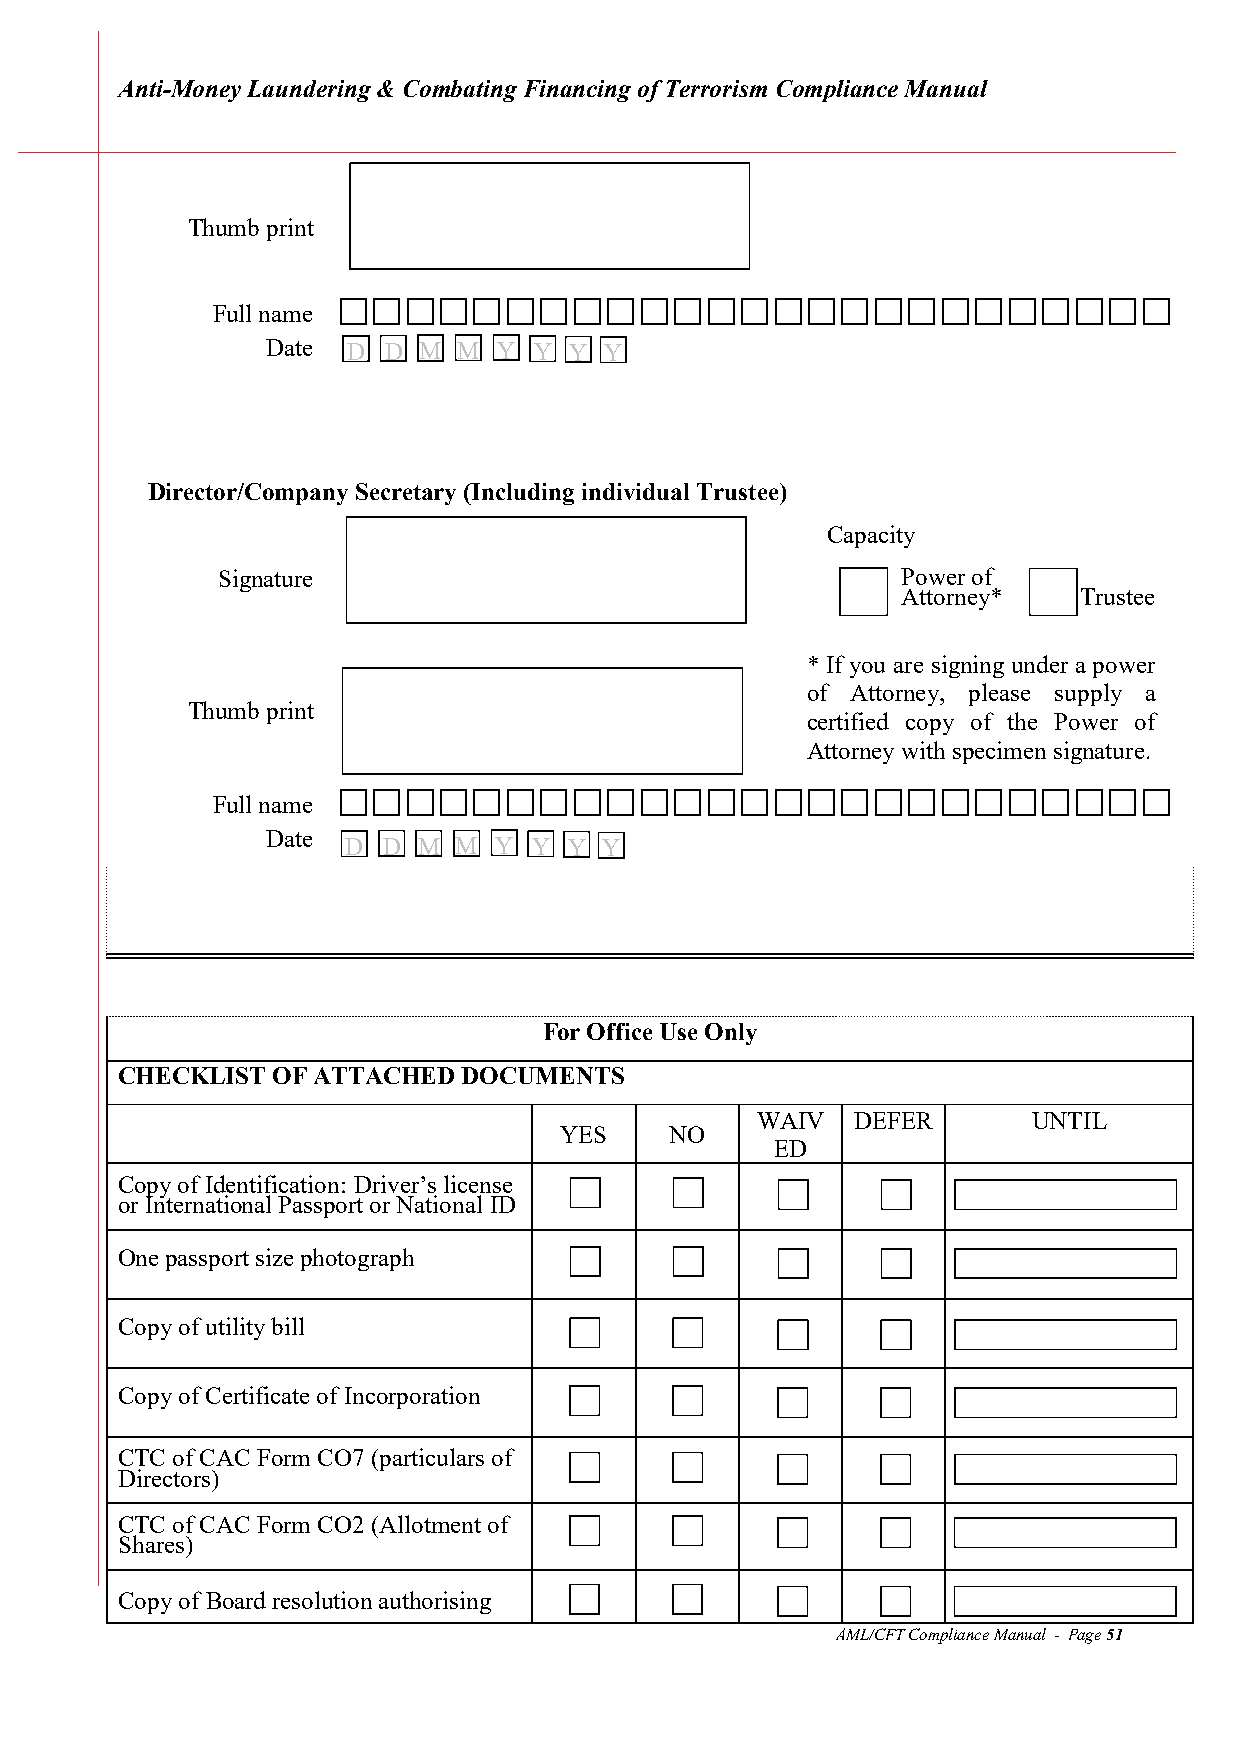
Anti-Money Laundering & Combating Financing of Terrorism Compliance Manual
 Thumb print
 
 Full name
 Date D D  M M  Y Y  Y Y
 Director/Company Secretary (Including individual Trustee)
 Capacity
 Signature                                     Power of
 Attorney*  Trustee
 * If you are signing under a power
 of Attorney, please supply a
 Thumb print
 certified copy of the Power of
 Attorney with specimen signature.
 
 Full name
 Date
 D D  M M  Y Y  Y Y
 For Office Use Only
 CHECKLIST OF ATTACHED  DOCUMENTS
 WAIV  DEFER       UNTIL
 YES    NO
 ED
 Copy of Identification: Driver’s license
 or International Passport or National ID
 One passport size photograph
 Copy of utility bill
 Copy of Certificate of Incorporation
 CTC of CAC Form CO7 (particulars of
 Directors)
 CTC of CAC Form CO2 (Allotment of
 Shares)
 Copy of Board resolution authorising
 AML/CFT Compliance Manual - Page 51